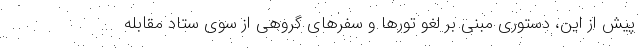
پیش از این، دستوری مبنی بر لغو تورها و سفرهای گروهی از سوی ستاد مقابله